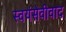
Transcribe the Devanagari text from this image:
स्वयंसेवीवाद